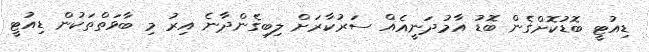
ޑިއުޓީ ބޮޑުކޮށްގެން ބޮޑު އާމުދަނީއެއް ސަރުކާރަށް ލިބިގެންދާނެ އިރު މި ބާވަތްތަކުން ޑިއުޓީ